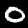
Digit: 0